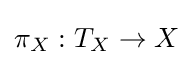
\pi _{X}:T_{X}\to X